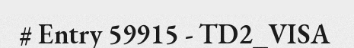
# Entry 59915 - TD2_VISA